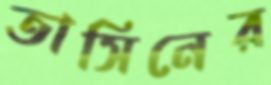
তাসিনের